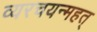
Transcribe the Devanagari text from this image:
व्यरचयन्महत्